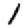
Digit: 1